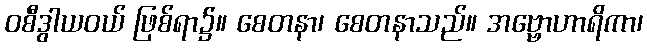
ဝစီဒွါယဝယ် ဖြစ်ရာ၌။ စေတနာ၊ စေတနာသည်။ အဗ္ဗောဟာရိကာ၊